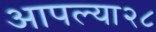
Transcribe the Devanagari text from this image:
आपल्या२८